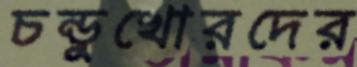
চন্ডুখোরদের